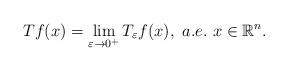
LaTeX: \begin{align*}Tf(x)=\lim_{\varepsilon\rightarrow0^+}T_\varepsilon f(x), \ a.e. \ x\in\mathbb R^n.\end{align*}